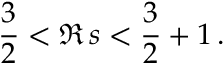
\frac { 3 } { 2 } < \Re \, s < \frac { 3 } { 2 } + 1 \, .